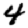
Digit: 4